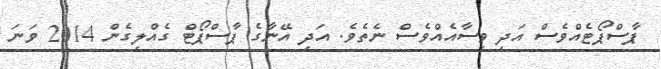
ޕާސްޕޯޓެއްވެސް އަދި ވިސާއެއްވެސް ނެތެވެ. އަދި އޭނާގެ ޕާސްޕޯޓް ގެއްލިގެން 2014 ވަނަ